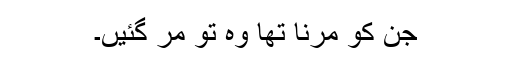
جن کو مرنا تھا وہ تو مر گئیں۔